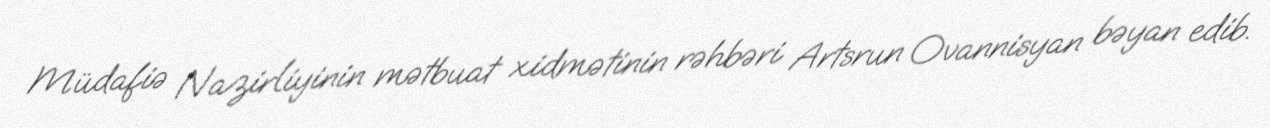
Müdafiə Nazirliyinin mətbuat xidmətinin rəhbəri Artsrun Ovannisyan bəyan edib.